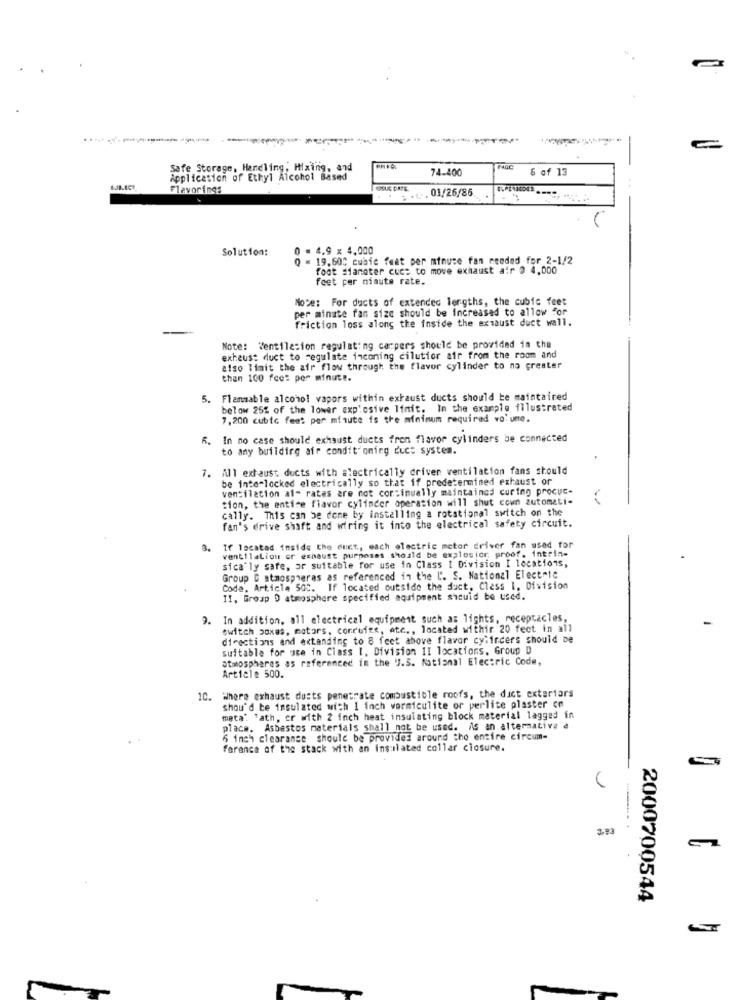
-
Safe Storage, Handling, Mixing, and
74-400
6 of 13
Application of Ethyl Alcohol Based
Flavorings
SUC DRTE
... 01/26/86.
Solution:
0 . 4.9 x 4,000
Q = 19,600 cubic feet per minute fan needed for 2-1/2
foot sianoter cuc: to move exhaust air 9 4,000
feet per minute rate.
Note: For ducts of extended lengths, the cubic feet
per minute fan size should be increased to allow for
friction loss along the inside the exsaust duct wall.
Note: Ventilation regulating carpers should be provided in the
exhaust duct to regulate inconing cilutior air from the room and
also limit the air flow through the flavor cylinder to no greater
than 100 fce: per minute.
5. Flammable alcohol vapors within exhaust ducts should be maintained
below 25% of the lower explosive limit. In the example illustrated
7,200 cubic feet per minute is the minimum required vo' ume.
6. In no case should exhaust ducts fron flavor cylinders be connected
to any building air conditioning duct system.
7. All exhaust ducts with =lectrically driver ventilation fans should
be inte-locked electrically so that if predetermined exhaust or
ventilation al- rates are not continually maintained curing procuc-
tion, the entire flavor cylinder operation will shut cown zutomati-
cally. This can be done by installing a rotational switch on the
fan's drive shaft and wiring it into the electrical safety circuit.
3. If located inside the duct ., each electric motor driver fan used for
ventilation or exhaust purposes should be explosion proof. intrin-
sica'ly safe, or suitable for use in Class I Division I locations,
Group C atmospheres as referenced in the L'. S. National Electric
Code, Article 505. If located outside the duct, Class 1. Division
II. Group D atmosphere specified equipment should be used.
9.
In addition, all electrical equipment such as lights, receptacles,
switch boxes, motors, corruite, etc ., located withir 20 feet in all
directions and extending to 8 feet above flavor cylinders should be
suitable for use in Class 1. Division II locations, Group D
atmospheres as referenced in the U.S. National Electric Code,
Article 500.
10. Where exhaust dusts penetrate combustible roofs, the duct exteriors
shou'd te insulated with 1 inch vermiculite or perlite plaster on
meta': 'ath, cr with 2 inch heat insulating block material lagged in
place. Asbestos materials shall not be used. As an alternative a
6 inch clearance should be provided around the entire circum-
farenca of the stack with an insulated collar closure.
3.93
2000700544